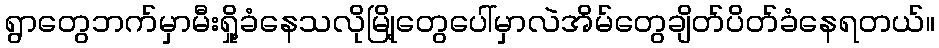
ရွာတွေဘက်မှာမီးရှို့ခံနေသလိုမြို့တွေပေါ်မှာလဲအိမ်တွေချိတ်ပိတ်ခံနေရတယ်။